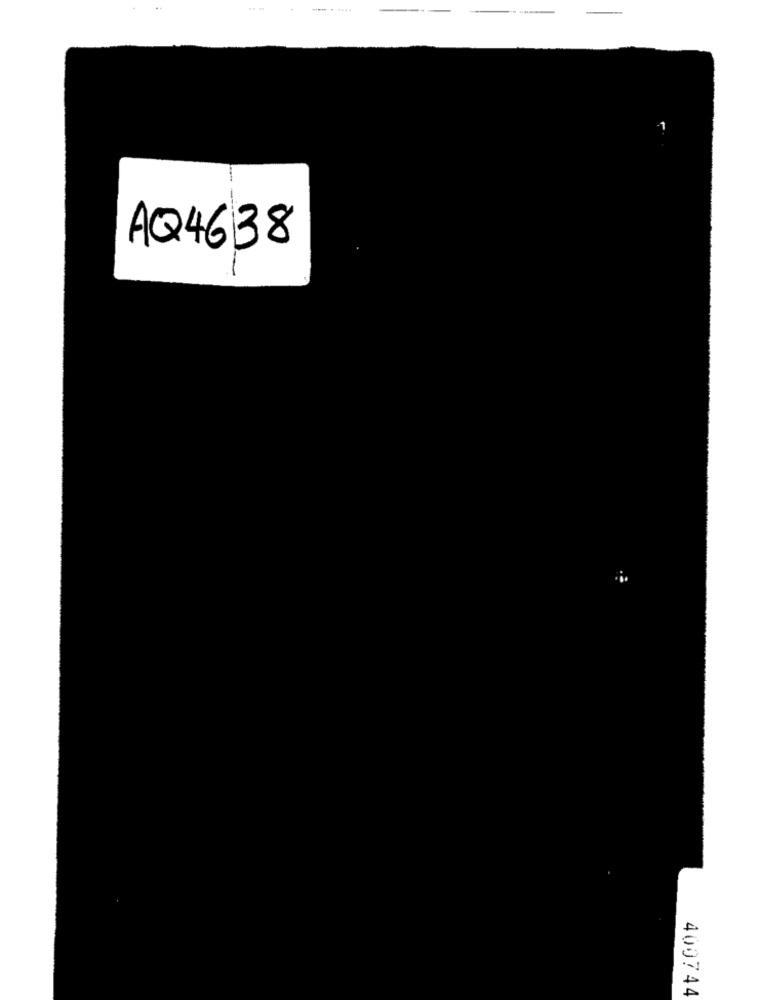
-
AQ4638
400744